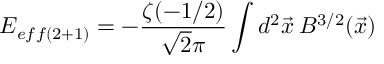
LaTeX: E _ { e f f ( 2 + 1 ) } = - \frac { \zeta ( - 1 / 2 ) } { \sqrt { 2 } \pi } \int d ^ { 2 } \vec { x } \: B ^ { 3 / 2 } ( \vec { x } )